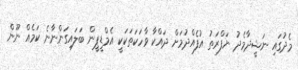
މެދުގައި ނަޝީދާމެދު ނަފްރަތު އުފެއްދުމަށް ދައްކާ ވާހަކަތަކަކީ އެމްޑީޕީން ބަލައިގަންނާނެ ކަމެއް ނޫން